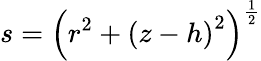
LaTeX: s=\left(r^{2}+\left(z-h\right)^{2}\right)^{\frac{1}{2}}